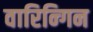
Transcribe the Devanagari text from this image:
वारिन्गिन